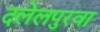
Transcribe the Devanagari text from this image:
दलेलपुरवा